Leaving Certificate Examination, 1909
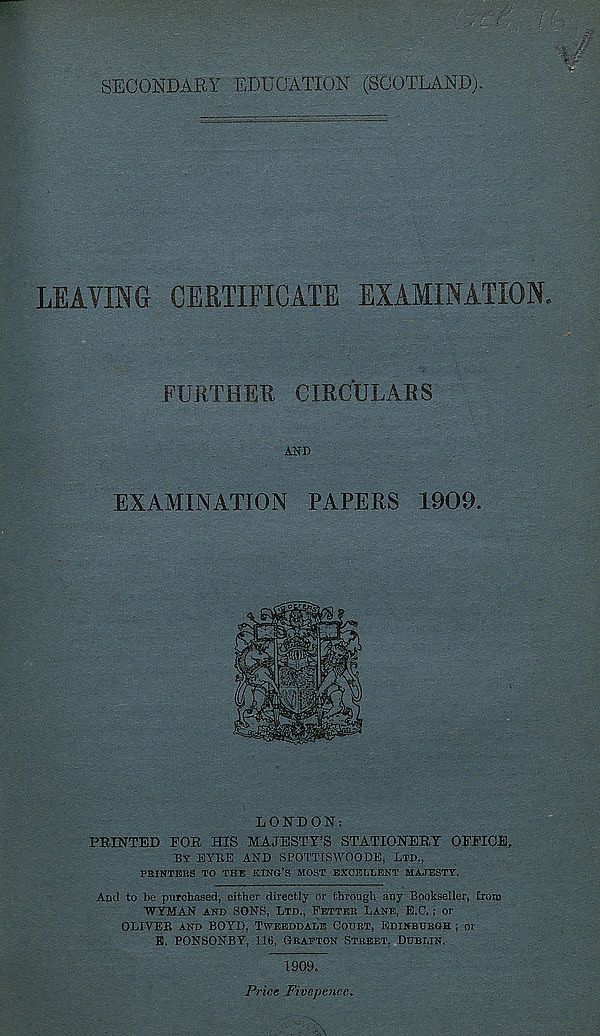
SECONDARY EDUCATION (SCOTLAND).
I :g' jjjj ^
™ S
LEAVING' CERTIFICATE EXAMINATION
FURTHEU CIRCULARS
AND
EXAMINATION PAPERS 1909.
LONDON:
PRINTED FOR HIS MAJESTY’S STATIONERY OFFICE,
BY EYRE AND SPOTTISWOODE, LTD.,
FBINTERS TO THE KING’S MOST EXCELLENT MAJESTY.
And to be purchased, either directly or through any Bookseller, from
WYMAN AND SONS, LTD., FETTER LANE, E.C. ; or
OLIVER AND BOYD, TWEEDDALE COURT, EDINBURGH ; or
B. PONSONBY, 116, GRAETON STREET, DUBLIN.
1909.
Price Fivepence,